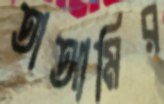
তাআমির